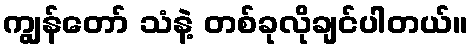
ကျွန်တော် သံနဲ့ တစ်ခုလိုချင်ပါတယ်။